Civil Veterinary Department. United Provinces 1923-31 - 1923-1931
Year: 1923
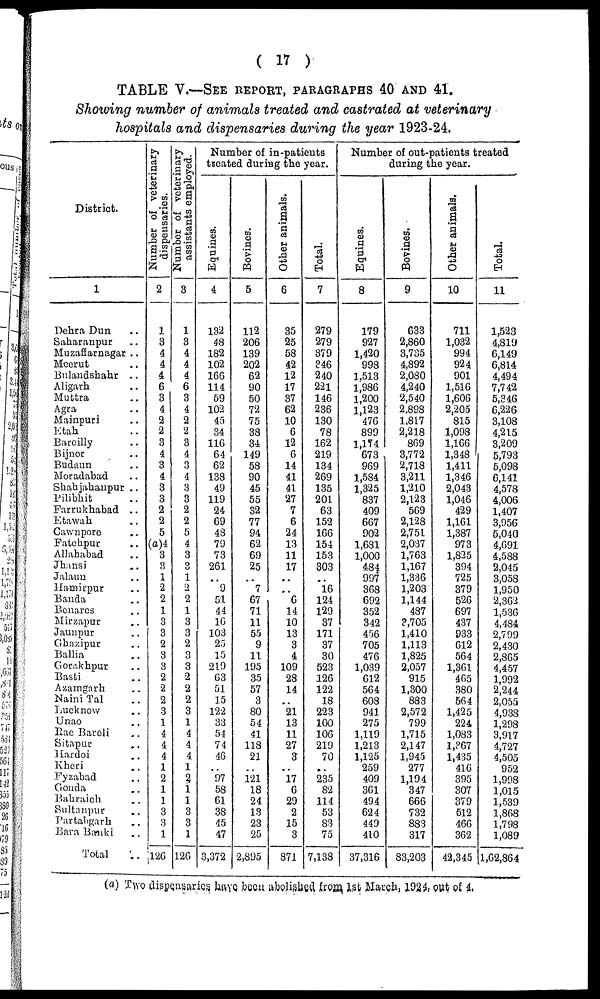
( 17 )
TABLE V.—SEE REPORT, PARAGRAPHS 40 AND 41.
Showing number of animals treated and castrated at veterinary
hospitals and dispensaries during the year 1923-24.
District.
1
Dehra Dun ..
Saharanpur ..
Muzafiarnagar ..
Meerut ..
Bulandshahr ..
Aligath ..
Muttra ..
Agra
Mainpuri ..
Etah ..
Bareilly ..
Bijnor ..
Bndaun ..
Moradabad ..
Shahjahanpur ..
Pilibhit ..
Farrukhabad ..
Etawah ..
Cawnpore ..
Fatehpur ..
Allahabad
Jhansi ..
Jalaun ..
Hamirpur ..
Banda ..
Benares ..
Mirzapur ..
Jaunpur ..
Ghazipur ..
Ballia ..
Gorakhpur ..
Basti ..
Azamgarh ..
Naini Tal ..
Lucknow ..
Unao ..
Rae Bareli ..
Sitapur ..
Hardoi ..
Kheri ..
Fyzabad ..
Gonda ..
Bahraich ..
Sultanpur ..
Partabgarh ..
Bara Banki ..
Total ..
Number of veterinary
dispensaries.
2
1
3
4
4
4
6
3
4
2
2
3
4
3
4
3
3
2
2
5
(a)4
3
3
1
2
2
1
3
3
2
3
3
2
2
2
3
1
4
4
4
1
2
1
1
3
3
1
126
Number of veterinary
assistants employed.
3
1
3
4
4
4
6
3
4
2
2
3
4
3
4
3
3
2
2
5
4
3
3
1
2
2
1
3
3
2
3
3
2
2
2
3
1
4
4
4
1
2
1
1
3
3
1
126
Number of in-patients
treated during the year.
Equines.
4
132
48
182
102
166
114
59
102
45
34
116
64
62
138
49
119
24
69
48
79
73
261
..
9
51
44
16
103
25
15
219
63
51
15
122
33
54
74
46
..
97
58
61
38
45
47
3,372
Bovines.
5
112
206
139
202
62
90
50
72
75
38
34
149
58
90
45
55
32
77
94
62
69
25
..
7
67
71
11
55
9
11
195
35
57
3
80
54
41
118
21
..
121
18
24
13
23
25
2,895
Other animals.
6
35
25
58
42
12
17
37
62
10
6
12
6
14
41
41
27
7
6
24
13
11
17
..
6
14
10
13
3
4
109
28
14
..
21
13
11
27
3
..
17
6
29
2
15
3
871
Total.
7
279
279
379
346
240
221
146
236
130
78
162
219
134
269
135
201
63
152
166
154
153
303
..
16
124
129
37
171
37
30
523
126
122
18
223
100
106
219
70
..
235
82
114
53
83
75
7,138
Number of out-patients treated
during the year.
Equines.
8
179
927
1,420
998
1.513
1,986
1,200
1,123
476
899
1,174
673
969
1,584
1,325
837
409
667
902
1,681
1,000
484
997
368
692
352
342
456
705
476
1,039
612
564
608
941
275
1,119
1,213
1,125
259
409
361
494
624
449
410
37,316
Bovines.
9
633
2,860
3,735
4,892
2,080
4,240
2,540
2,898
1,817
2,218
869
3,772
2,718
3,211
1,210
2,123
569
2,128
2,751
2,037
1,763
1,167
1,336
1,203
1,144
487
3,705
1,410
1,113
1,825
2,057
915
1,300
883
2,572
799
1,715
2,147
1,945
277
1,194
347
666
732
883
317
83,203
Other animals.
10
711
1,032
994
924
901
1,516
1,606
2,205
815
1,098
1,166
1,348
1,411
1,346
2,043
1,046
429
1,161
1,387
973
1,825
394
725
379
526
697
437
933
612
564
1,361
465
380
564
1,425
224
1,083
1,367
1,435
416
395
307
379
512
466
362
42,345
Total.
11
1,523
4,819
6,149
6,814
4,494
7,742
5,346
6,226
3,108
4,215
3,209
5,793
5,098
6,141
4,578
4,006
1,407
3,956
5,040
4,691
4,588
2,045
3,058
1,950
2,362
1,536
4,484
2,799
2,430
2,865
4,457
1,992
2,244
2,055
4,938
1,298
3,917
4,727
4,505
952
1,998
1,015
1,539
1,868
1,798
1,089
1,62,864
(a) Two dispensaries. have been abolished from 1st March, 1924, out of 4.